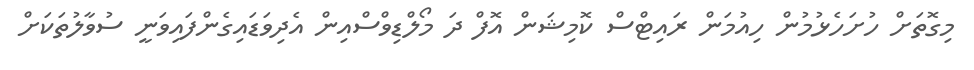
މިގޮތަށް ހުށަހެޅުމުން ހިއުމަން ރައިޓްސް ކޮމިޝަން އޮފް ދަ މޯލްޑިވްސްއިން އެދިވަޑައިގެންފައިވަނީ ސުވާލުތަކަށް